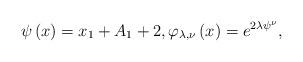
LaTeX: \begin{align*}\psi \left( x\right) =x_{1}+A_{1}+2,\varphi _{\lambda ,\nu }\left(x\right) =e^{2\lambda \psi ^{\nu }}, \end{align*}